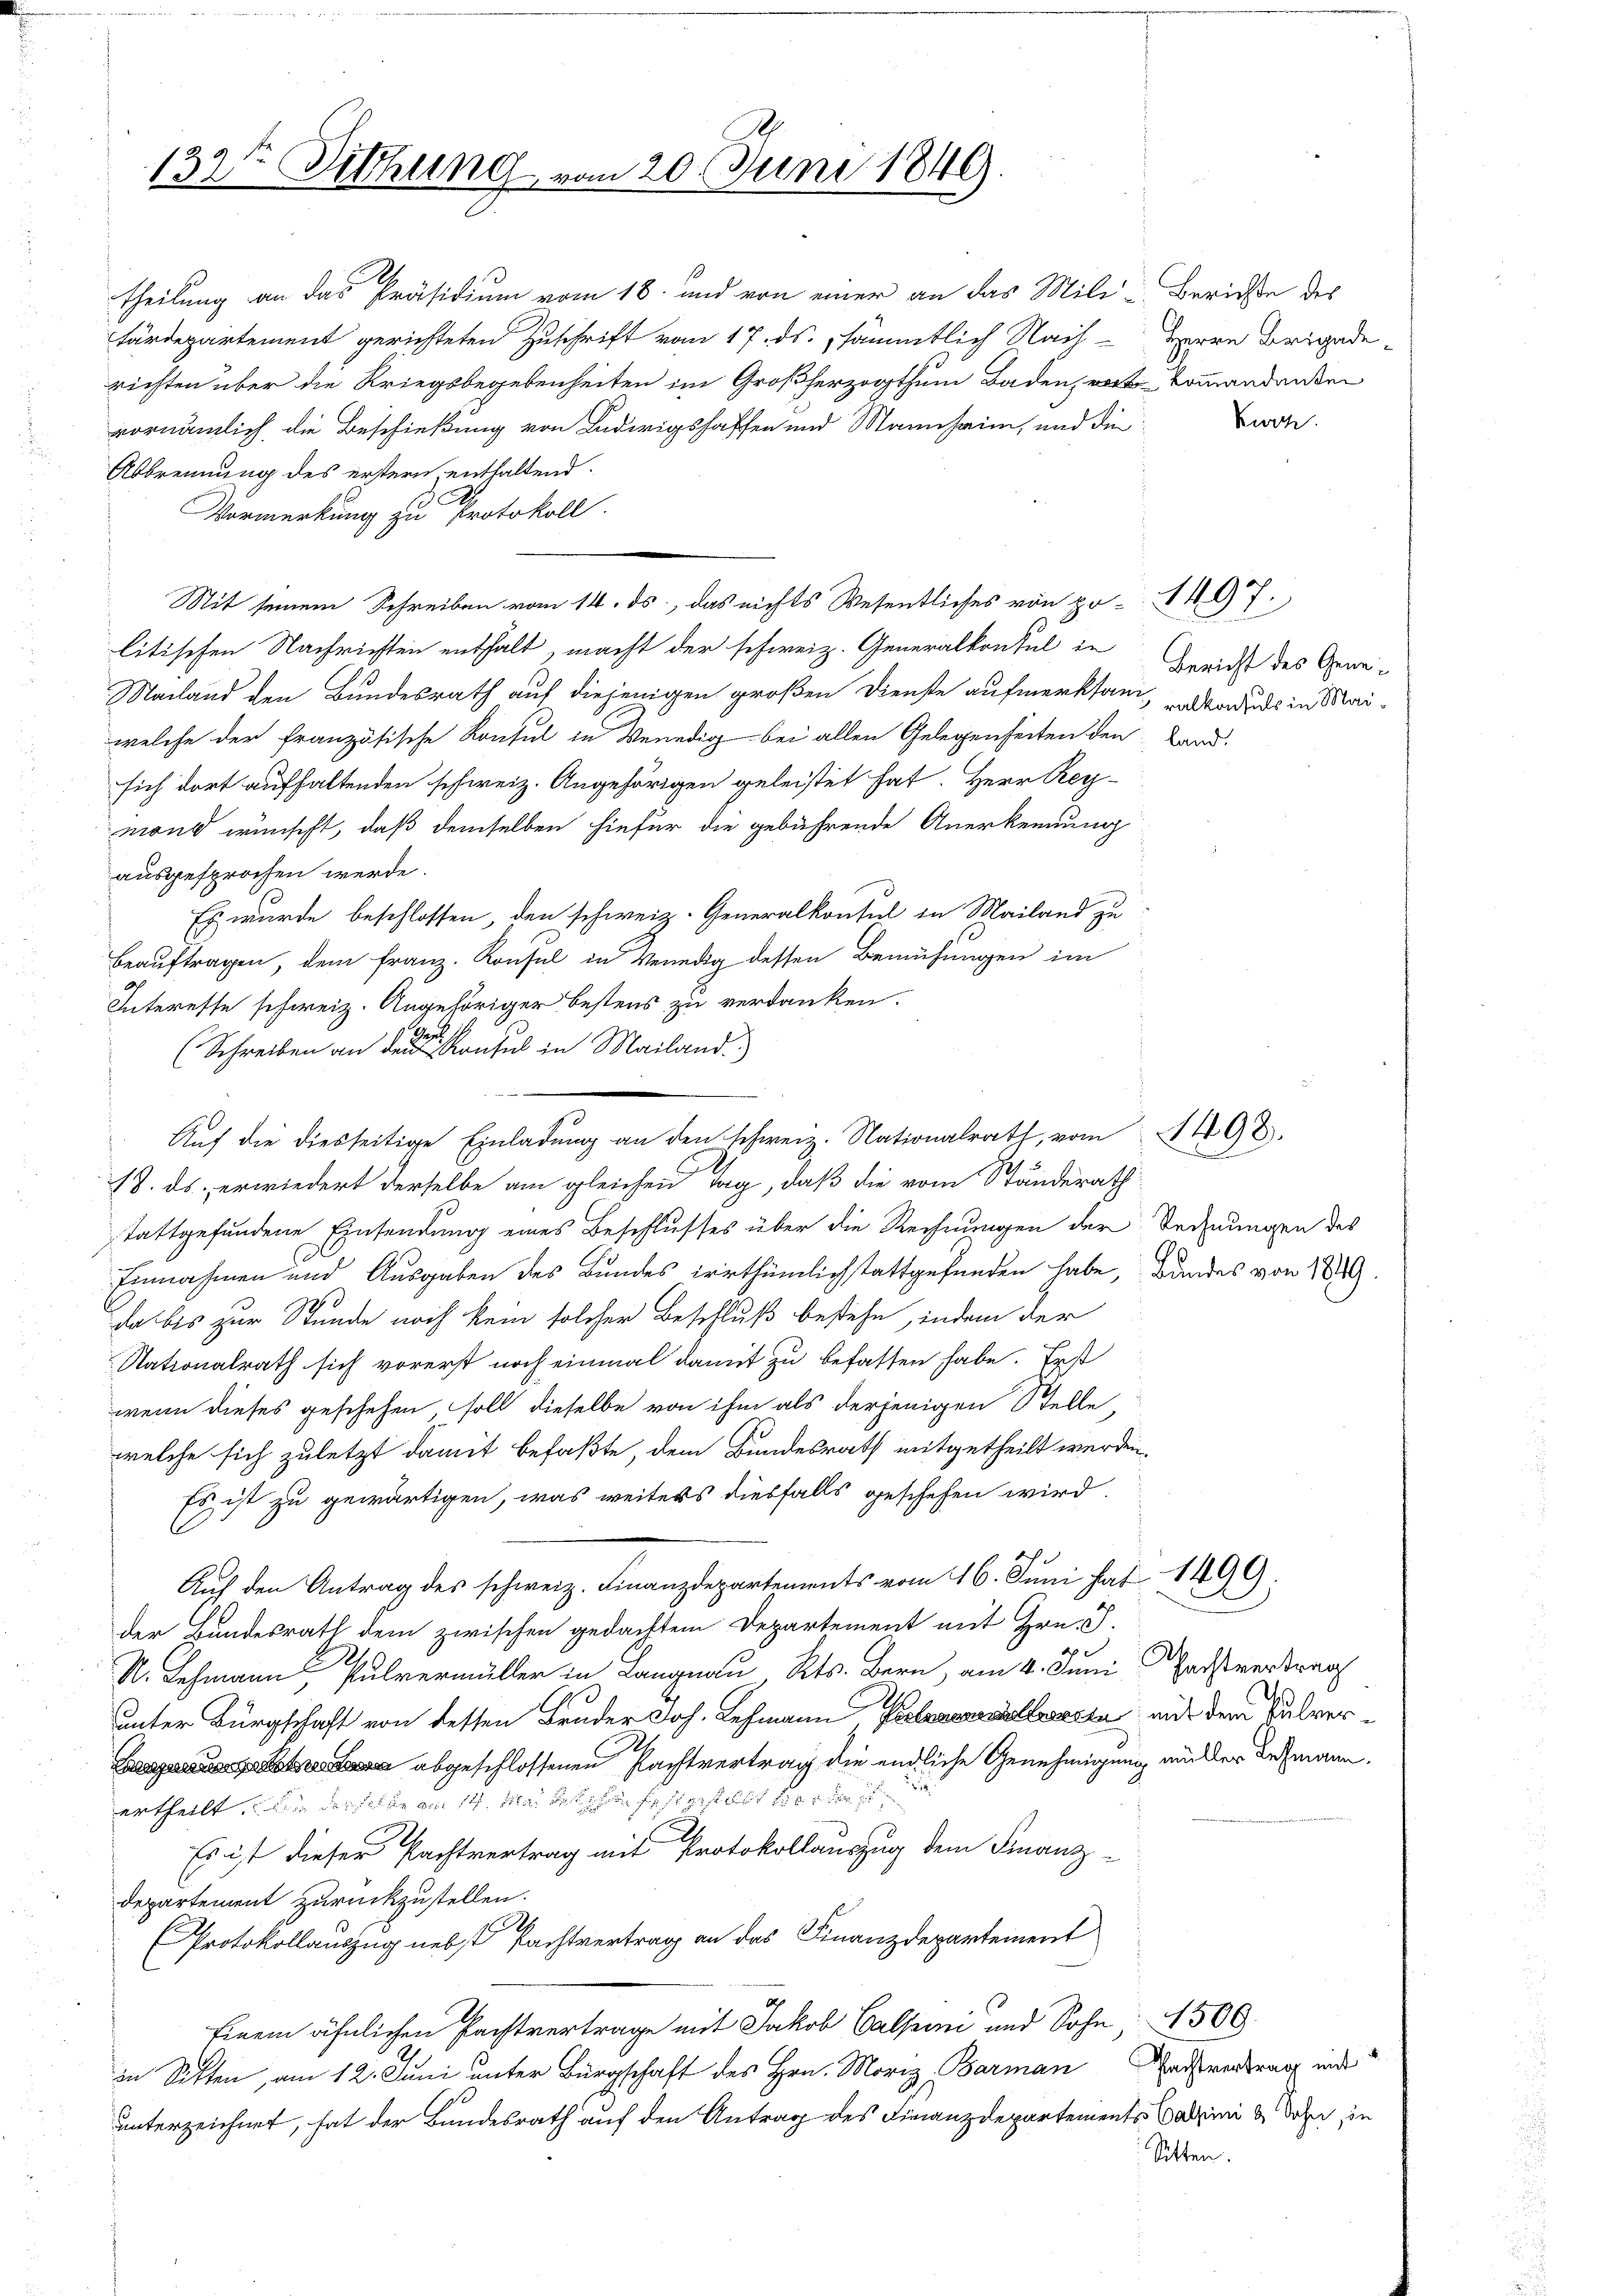
132te Sitzung

theilung an das Präsidium vom 18. und von einer an das Mili-
tärdepartement gerichteten Zuschrift vom 17. ds. sämmtlich Nachrieften über die Kriegsbegebenheiten im Großherzogthum Baden, wort
vornämlich die Beschießung von Ludwigshaffen und Mannheim, und die
Abbrennung des erstern enthaltend.
Vormerkung zu Protokoll.
litischen Nachrichten enthalt, macht der schweiz. Generalkontel in
Nachand den Bundesrath auf diejenigen großen Dienste aufmerksam, alsbadends in Mai-
welche der französische Konsul in Venedig bei allen Gelegenheiten den Land-
sich dort aufhaltenden schweiz. Angehörigen geleistet hat. Herr Regmond wünscht, daß demselben hiefür die gebührende Anerkennung
ausgesprochen werde.
Es wurde beschlossen, den schweiz. Generalkonsul in Mailand zu
Beauftragen, dem Franz. Konsul in Venedig dessen Bemühungen im
Interesse schweiz. Angehöriger bestens zu verdanken.
Sie
(Schreiben an den Konsul in Mailand)
.
stattgefundene Einsendung eines Beschlusses über die Rechnungen der Rechnungen des
Einnahmen und Ausgaben des Bundes irrthümlich stattgefunden habe, Bandes von 1879.
da bis zur Stunde noch kein solcher Beschluß bestehe, indem der
Nationalrath sich vorerst noch einmal damit zu befassen habe. Erst
wenn dieses geschehen soll dieselbe von ihm als derjenigen Stelle,
welche sich zuletzt damit befaßte, dem Bundesrath mitgetheilt werden.
Es ist zu gewärtigen, was weiters diesfalls geschehen wird.
Auf den Antrag des schweiz. Finanzdepartements vom 16. Juni hat 1499.
der Bundesrath dem zwischen gedachtem Departement mit Hrn. F.
R. Lehmann Pulvermüller in Langnau Kts. Bern, am 4. Juni
unter Bürgschaft von dessen Bruder Joh. Lehmann Kalemann allwerte mit dem Pulver¬
.
Gage abgeschlossenen Nachtvertrag die endliche Genehmigung mütter Lehmann.
ertheilt, derselbe am 14. Mai festerstellt der
Es ist dieser Pachtvertrag mit Protokollauszug dem Finanz-
Departement zurückzustellen.
(Protokollauszug nebst Pachtvertrag an das Finanzdepartement
Einem ähnlichen Pachtvertrage mit Jakob Calpini und Sohn 4500
in Sitten, am 12. Juni unter Bürgschaft des Hrn. Moriz, Barman
unterzeichnet, hat der Bundesrath auf den Antrag des Finanzdepartements Cadini & den in

vom 20. Juni 1849

Mit seinem Schreiben vom 14. ds., das nichts Wesentliches von po- 1407.

Auf die diesseitige Einladung an den schweiz. Nationalrath, vom 1408.
18. ds. erwiedert derselbe am gleichen Tag, daß die vom Ständerath

Berichte des
Herrn Brigade¬
Kommandanten

Bericht des Gene¬

Kwoh

.

Pachtvertrag

Pachtvertrag mit
Sitten.